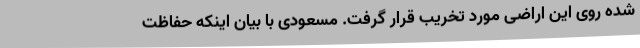
شده روی این اراضی مورد تخریب قرار گرفت. مسعودی با بیان اینکه حفاظت